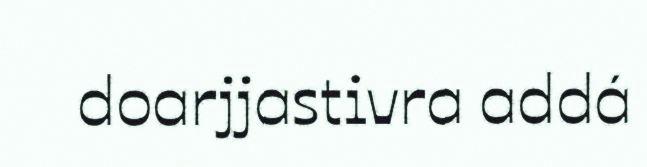
doarjjastivra addá